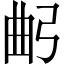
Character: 𢏢